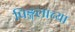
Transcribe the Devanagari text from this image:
पिङ्गलाच्या